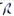
Text: R